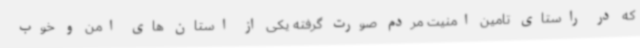
که در راستای تامین امنیت مردم صورت گرفته یکی از استان های امن و خوب